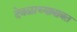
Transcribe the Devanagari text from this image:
देवळाच्याबाबत